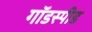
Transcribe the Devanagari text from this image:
गॉडस्पीड